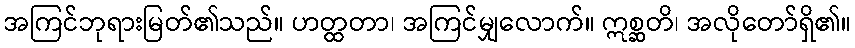
အကြင်ဘုရားမြတ်၏သည်။ ဟတ္ထတာ၊ အကြင်မျှလောက်။ ဣစ္ဆတိ၊ အလိုတော်ရှိ၏။